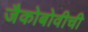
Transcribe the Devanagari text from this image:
जैकोबोवीची